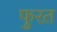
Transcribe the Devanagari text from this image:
फुरत